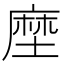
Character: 塺